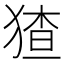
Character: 猹